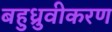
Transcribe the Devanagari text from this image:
बहुध्रुवीकरण